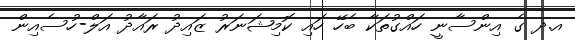
އ.ދ ގެެ އިންސާނީ ހައްގުތަކާ ބެހޭ ހައި ކޮމިޝަނަރު ޒައިދު ރައާދު އަލް-ހުސެއިން